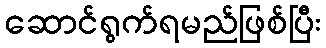
ဆောင်ရွက်ရမည်ဖြစ်ပြီး